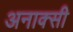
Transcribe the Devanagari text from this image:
अनाक्सी